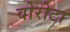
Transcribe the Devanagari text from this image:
वोरोटा